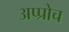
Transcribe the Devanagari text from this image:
अप्प्रोच